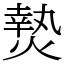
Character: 𭵴